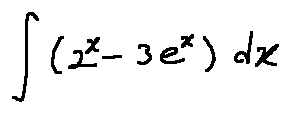
\int ( 2 ^ { x } - 3 e ^ { x } ) d x